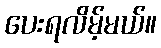
ပေးရလိမ့်မယ်။